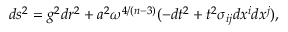
d s ^ { 2 } = g ^ { 2 } d r ^ { 2 } + a ^ { 2 } \omega ^ { 4 / ( n - 3 ) } ( - d t ^ { 2 } + t ^ { 2 } \sigma _ { i j } d x ^ { i } d x ^ { j } ) ,